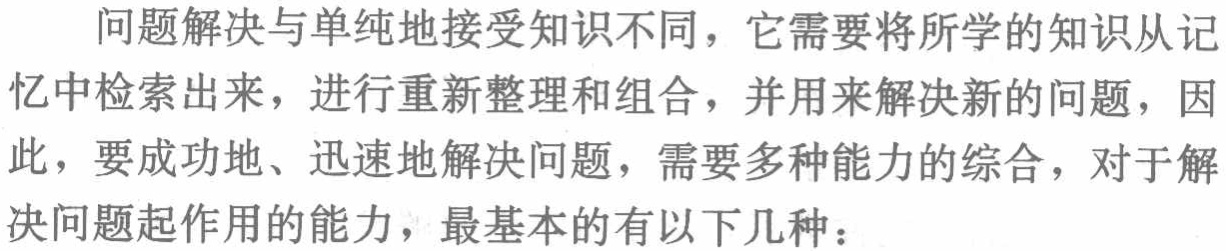
问题解决与单纯地接受知识不同，它需要将所学的知识从记忆中检索出来，进行重新整理和组合，并用来解决新的问题，因此，要成功地、迅速地解决问题，需要多种能力的综合，对于解决问题起作用的能力，最基本的有以下几种：